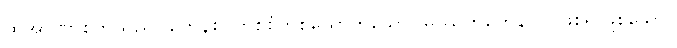
ထိုအာဏာစက်သည်။ ကေနစိ၊ တစ်စုံတစ်ယောက်သော။ မဿဘူတေန၊ လူဖြစ်၍ဖြစ်သော။